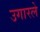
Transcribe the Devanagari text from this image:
उगारले